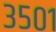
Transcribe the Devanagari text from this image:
३५०१